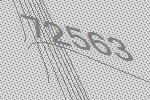
72563